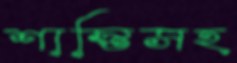
শাস্তিসহ